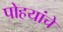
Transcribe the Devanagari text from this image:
पोहयांचे